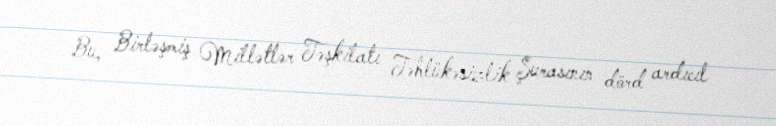
Bu, Birləşmiş Millətlər Təşkilatı Təhlükəsizlik Şurasının dörd ardıcıl